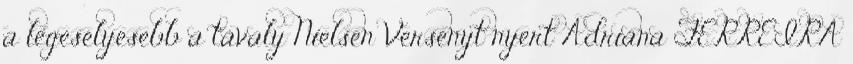
a legesélyesebb a tavaly Nielsen Versenyt nyert Adriana FERREIRA